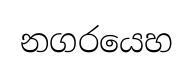
නගරයෙහ